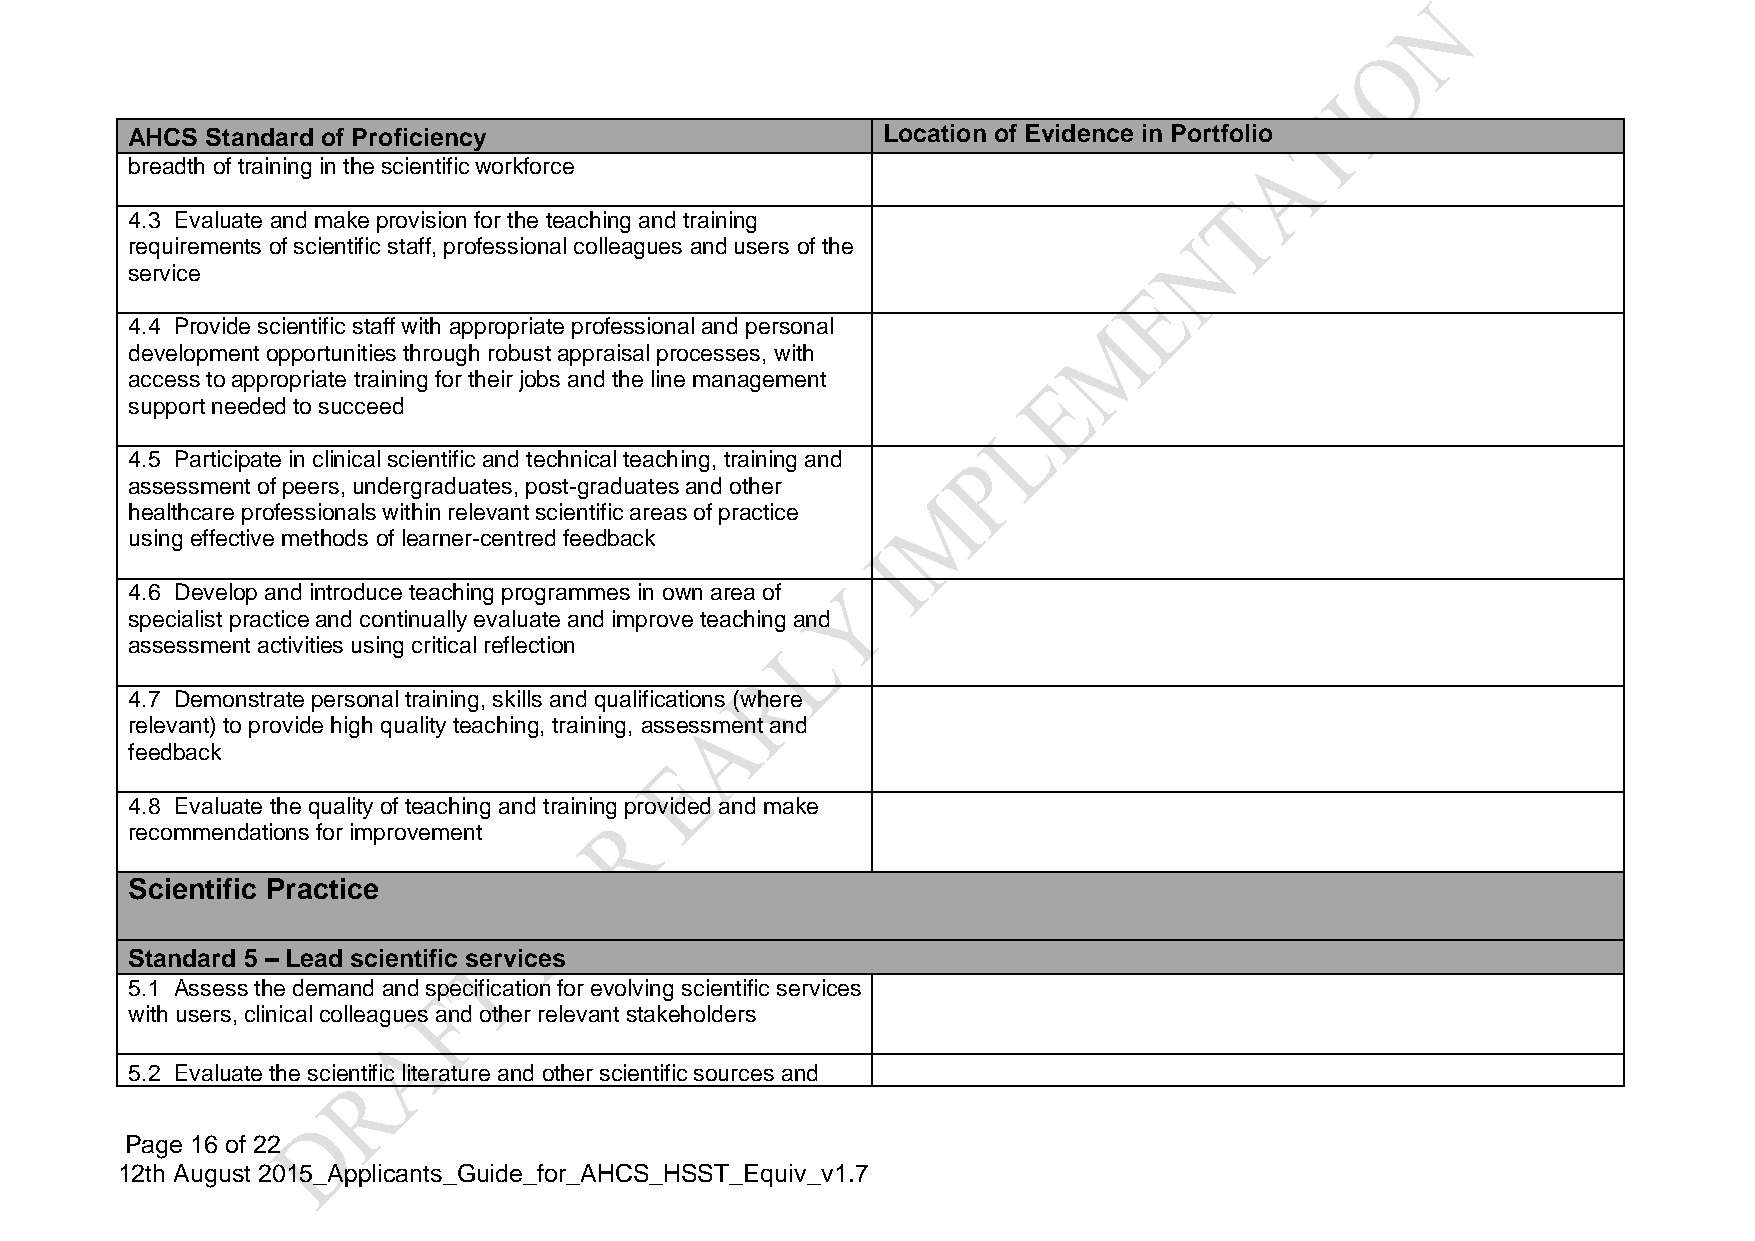
AHCS  Standard of Proficiency                     Location of Evidence in Portfolio
 breadth of training in the scientific workforce
 4.3 Evaluate and make provision for the teaching and training
 requirements of scientific staff, professional colleagues and users of the
 service
 4.4 Provide scientific staff with appropriate professional and personal
 development opportunities through robust appraisal processes, with
 access to appropriate training for their jobs and the line management
 support needed to succeed
 4.5 Participate in clinical scientific and technical teaching, training and
 assessment of peers, undergraduates, post-graduates and other
 healthcare professionals within relevant scientific areas of practice
 using effective methods of learner-centred feedback
 4.6 Develop and introduce teaching programmes in own area of
 specialist practice and continually evaluate and improve teaching and
 assessment activities using critical reflection
 4.7 Demonstrate personal training, skills and qualifications (where
 relevant) to provide high quality teaching, training, assessment and
 feedback
 4.8 Evaluate the quality of teaching and training provided and make
 recommendations for improvement
 Scientific Practice
 Standard 5 – Lead scientific services
 5.1 Assess the demand and specification for evolving scientific services
 with users, clinical colleagues and other relevant stakeholders
 5.2 Evaluate the scientific literature and other scientific sources and
 Page 16 of 22
 12th August 2015_Applicants_Guide_for_AHCS_HSST_Equiv_v1.7